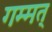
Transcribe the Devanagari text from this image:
गम्मत्